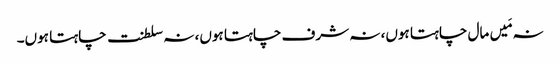
نہ مَیں مال چاہتا ہوں، نہ شرف چاہتا ہوں، نہ سلطنت چاہتا ہوں۔